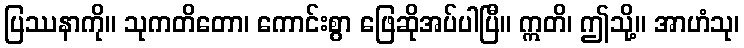
ပြဿနာကို။ သုကတိတော၊ ကောင်းစွာ ဖြေဆိုအပ်ပါပြီ။ ဣတိ၊ ဤသို့။ အာဟံသု၊